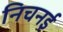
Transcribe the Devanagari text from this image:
निचनई